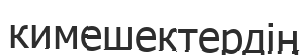
кимешектердің